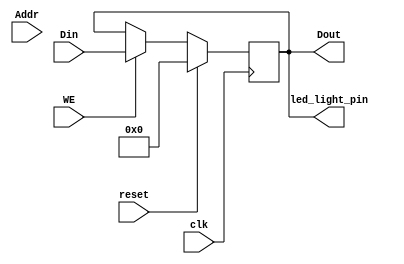
module led_driver(
	input clk,
	input reset,
	input [7:0] Addr,
	input WE,
	input [31:0] Din,
	output [31:0] Dout,
	output [31:0] led_light_pin
    );
	
	reg [31:0] value=0;
	
	assign led_light_pin=value;
	assign Dout=value;
	
	always @(posedge clk)
	begin
		if(reset)
		begin
			value<=0;
		end
		else if(WE)
		begin
			value<=Din;
		end
	end
	
endmodule